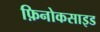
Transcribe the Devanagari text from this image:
फ़िनोकसाइड